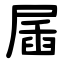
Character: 㞚